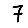
Digit: 7